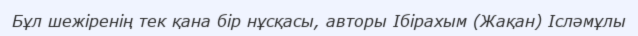
Бұл шежіренің тек қана бір нұсқасы, авторы Ібірахым (Жақан) Ісләмұлы